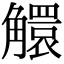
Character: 䚪